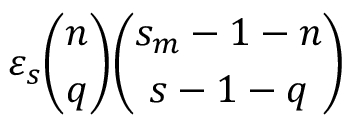
\varepsilon _ { s } { \binom { n } { q } } { \binom { s _ { m } - 1 - n } { s - 1 - q } }